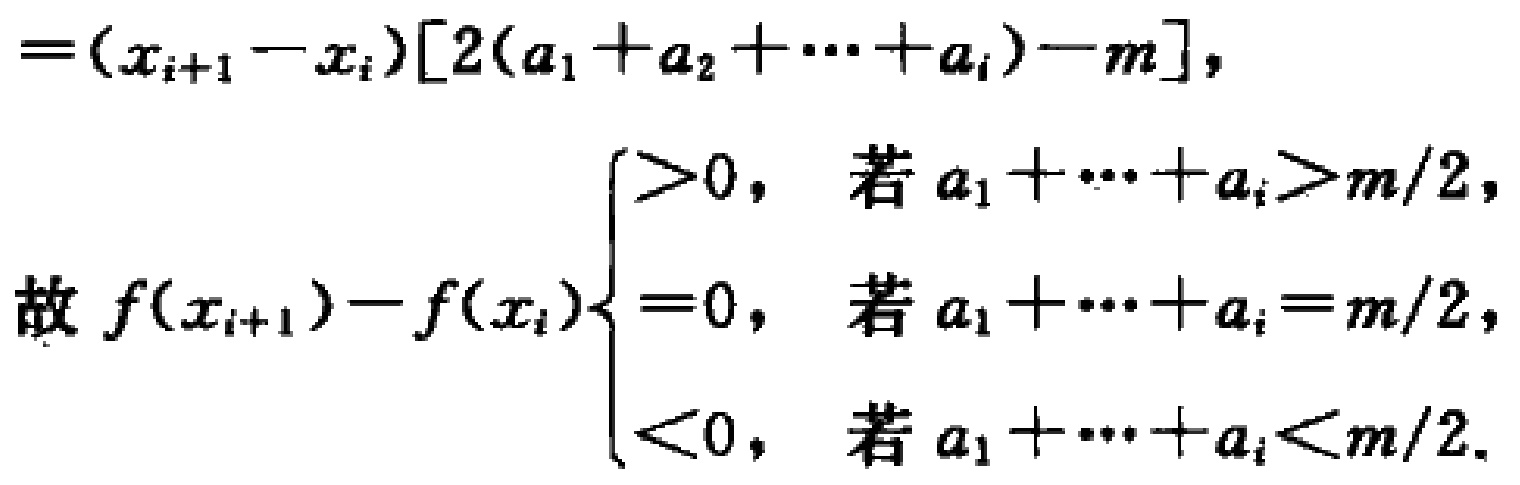
\[

=(x_{i + 1}-x_{i})[2(a_{1}+a_{2}+\cdots +a_{i})-m],

\]

\[

\text{故 }f(x_{i + 1})-f(x_{i})

\begin{cases}

>0, & \text{若 }a_{1}+\cdots +a_{i}>m/2,\\

=0, & \text{若 }a_{1}+\cdots +a_{i}=m/2,\\

<0, & \text{若 }a_{1}+\cdots +a_{i}<m/2.

\end{cases}

\]